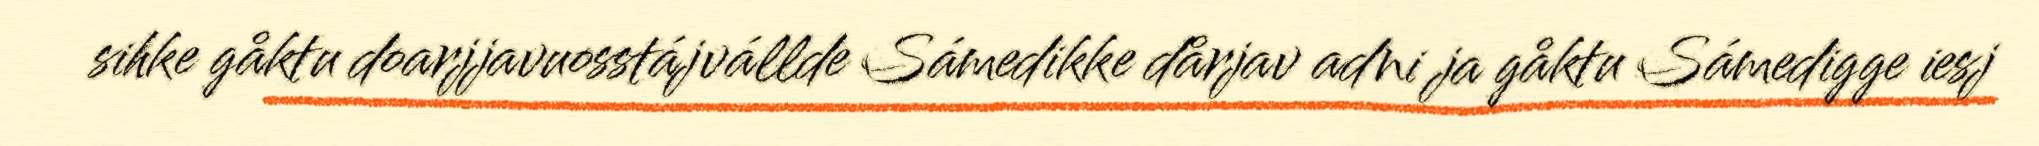
sihke gåktu doarjjavuosstájvállde Sámedikke dårjav adni ja gåktu Sámedigge iesj